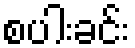
စပါးခင်း